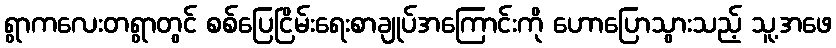
ရွာကလေးတရွာတွင် စစ်ပြေငြိမ်းရေးစာချုပ်အကြောင်းကို ဟောပြောသွားသည့် သူ့အဖေ